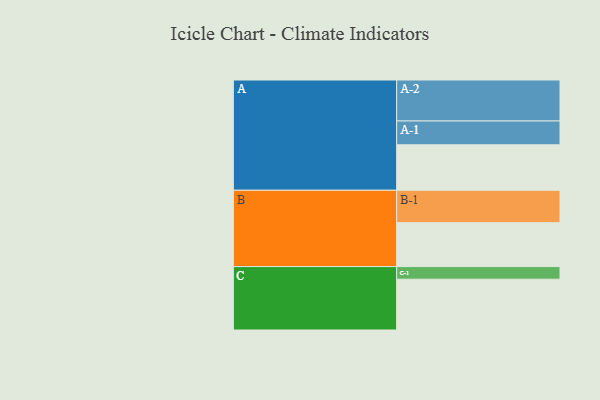
{"axis": {"x": "Segment", "y": "Value"}, "legend": ["", "A", "B", "C"], "data": [{"x": "A", "y": 324, "type": ""}, {"x": "B", "y": 313, "type": ""}, {"x": "C", "y": 362, "type": ""}, {"x": "A-1", "y": 170, "type": "A"}, {"x": "A-2", "y": 292, "type": "A"}, {"x": "B-1", "y": 231, "type": "B"}, {"x": "C-1", "y": 90, "type": "C"}]}